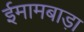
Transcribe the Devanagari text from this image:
ईमामबाड़ा